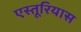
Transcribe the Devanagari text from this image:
एस्तूरियास